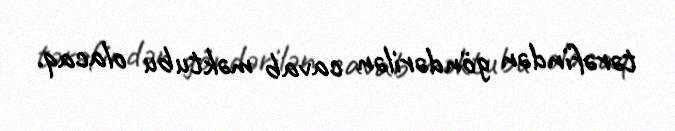
tərəfindən göndərilən cavab məktubu olacaq.